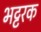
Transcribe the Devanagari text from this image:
भट्टरक